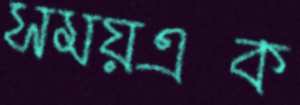
সময়এক